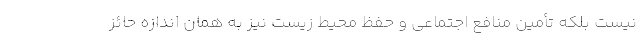
نیست بلکه تأمین منافع اجتماعی و حفظ محیط زیست نیز به همان اندازه حائز